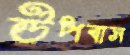
উপবাস